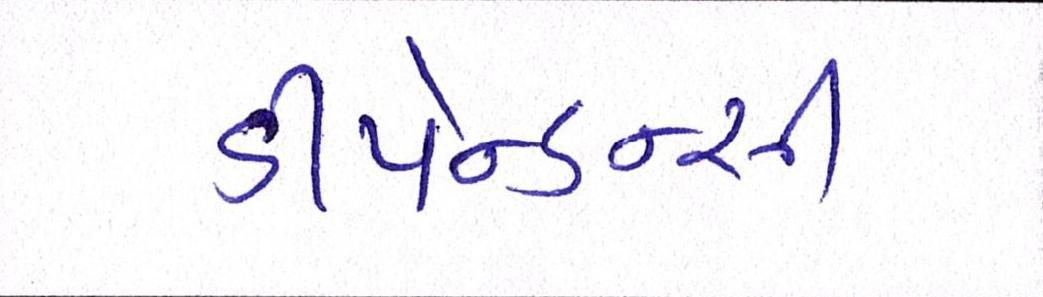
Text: ડીપેન્ડન્સી